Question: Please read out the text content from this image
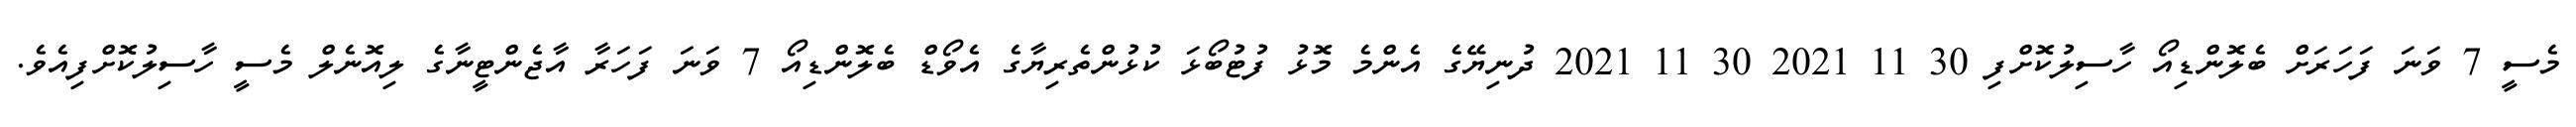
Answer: މެސީ 7 ވަނަ ފަހަރަށް ބެލޮންޑިއޯ ހާސިލުކޮށްފި 30 11 2021 30 11 2021 ދުނިޔޭގެ އެންމެ މޮޅު ފުޓުބޯޅަ ކުޅުންތެރިޔާގެ އެވޯޑް ބެލޮންޑިއޯ 7 ވަނަ ފަހަރާ އާޖެންޓީނާގެ ލިއޮނެލް މެސީ ހާސިލުކޮށްފިއެވެ.